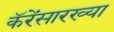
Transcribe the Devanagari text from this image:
कॅरेंसारख्या